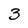
Character: 3